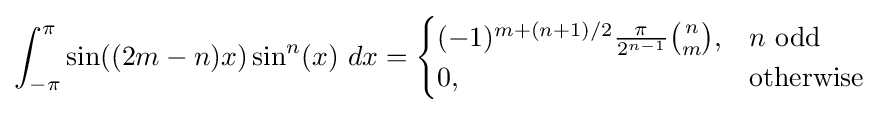
\int _{-\pi }^{\pi }\sin((2m-n)x)\sin ^{n}(x)\ dx={\begin{cases}(-1)^{m+(n+1)/2}{\frac {\pi }{2^{n-1}}}{\binom {n}{m}},&n{\text{ odd}}\\0,&{\text{otherwise}}\end{cases}}